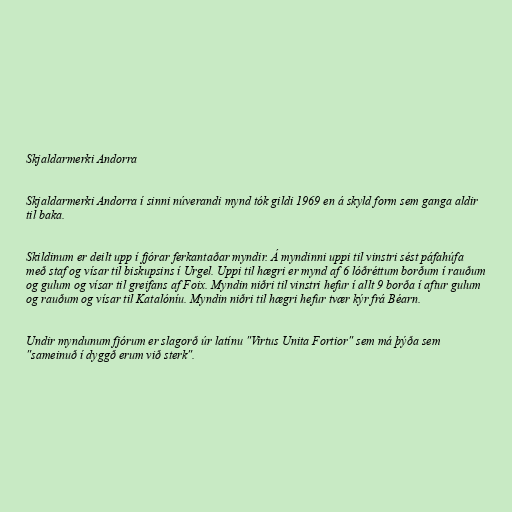
Skjaldarmerki Andorra

Skjaldarmerki Andorra í sinni núverandi mynd tók gildi 1969 en á skyld form sem ganga aldir
til baka.

Skildinum er deilt upp í fjórar ferkantaðar myndir. Á myndinni uppi til vinstri sést páfahúfa
með staf og vísar til biskupsins í Urgel. Uppi til hægri er mynd af 6 lóðréttum borðum í rauðum
og gulum og vísar til greifans af Foix. Myndin niðri til vinstri hefur í allt 9 borða í aftur gulum
og rauðum og vísar til Katalóníu. Myndin niðri til hægri hefur tvær kýr frá Béarn.

Undir myndunum fjórum er slagorð úr latínu "Virtus Unita Fortior" sem má þýða sem
"sameinuð í dyggð erum við sterk".